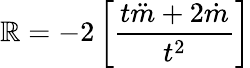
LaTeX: \mathbb{R}=-2\left[\frac{{t\ddot{{m}}+2\dot{{m}}}}{{t^{2}}}\right]